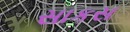
સાકસ